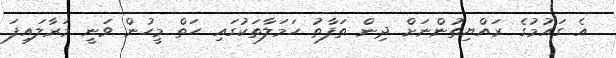
އެ ގައުމުގެ ރައްޔިތުންނަށް ދިން ތަފާތު ހަމަލާތަކުގައި ހަތް މީހުން ވަނީ މަރާލައިފަ